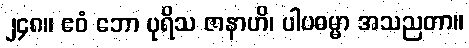
၂၄၈။ ဧဝံ ဘော ပုရိသ ဇာနာဟိ၊ ပါပဓမ္မာ အသညတာ။